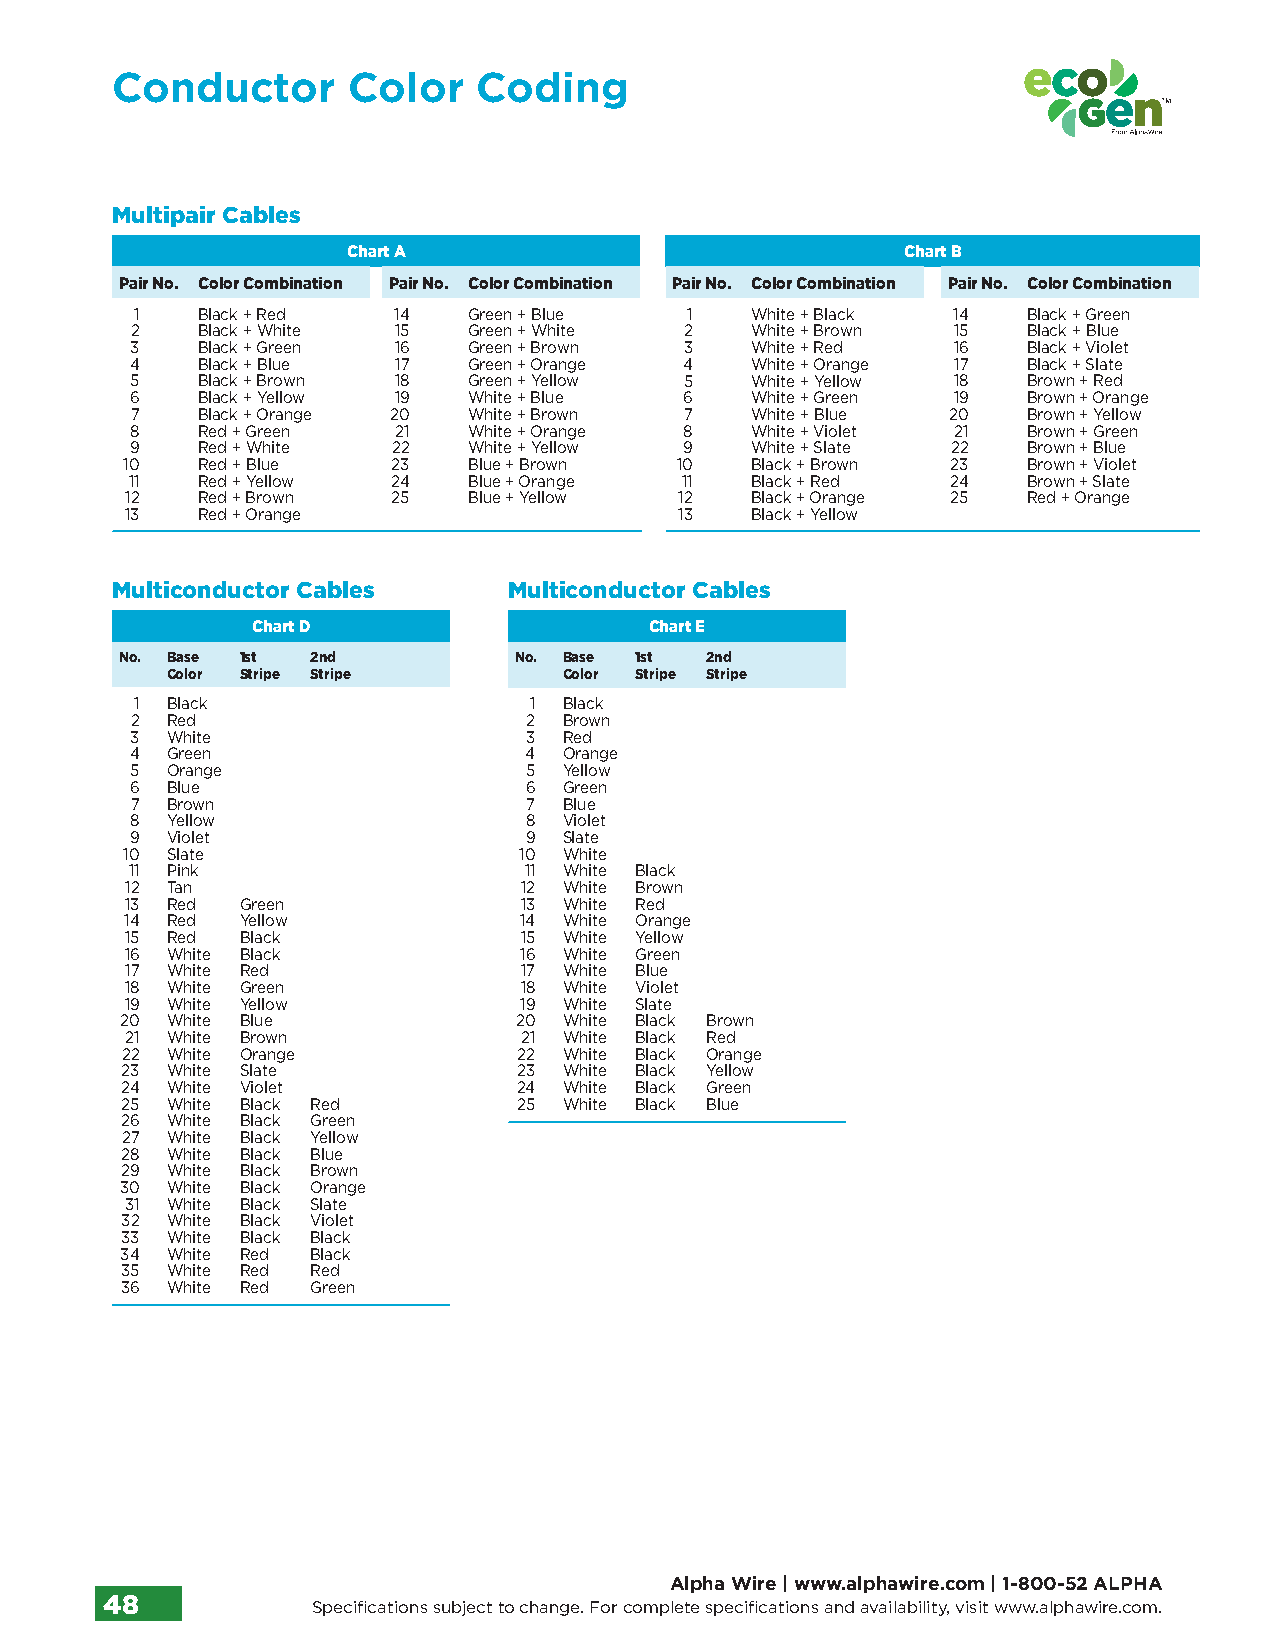
Conductor       Color    Coding
 Multipair Cables
 Chart A                              Chart B
 Pair No. Color Combination Pair No. Color Combination Pair No. Color Combination Pair No. Color Combination
 1   Black + Red  14   Green + Blue   1   White + Black 14  Black + Green
 2   Black + White 15  Green + White 2    White + Brown 15  Black + Blue
 3   Black + Green 16  Green + Brown 3    White + Red  16   Black + Violet
 4   Black + Blue 17   Green + Orange 4   White + Orange 17 Black + Slate
 5   Black + Brown 18  Green + Yellow 5   White + Yellow 18 Brown + Red
 6   Black + Yellow 19 White + Blue  6    White + Green 19  Brown + Orange
 7   Black + Orange 20 White + Brown 7    White + Blue 20   Brown + Yellow
 8   Red + Green  21   White + Orange 8   White + Violet 21 Brown + Green
 9   Red + White  22   White + Yellow 9   White + Slate 22  Brown + Blue
 10   Red + Blue   23   Blue + Brown  10   Black + Brown 23  Brown + Violet
 11  Red + Yellow 24   Blue + Orange 11   Black + Red  24   Brown + Slate
 12   Red + Brown  25   Blue + Yellow 12   Black + Orange 25 Red + Orange
 13   Red + Orange                    13   Black + Yellow
 Multiconductor Cables      Multiconductor Cables
 Chart D                   Chart E
 No. Base 1st 2nd          No. Base 1st 2nd
 Color Stripe Stripe       Color Stripe Stripe
 1 Black                   1 Black
 2 Red                     2 Brown
 3 White                   3 Red
 4 Green                   4 Orange
 5 Orange                  5 Yellow
 6 Blue                    6 Green
 7 Brown                   7 Blue
 8 Yellow                  8 Violet
 9 Violet                  9 Slate
 10 Slate                  10 White
 11 Pink                   11 White Black
 12 Tan                    12 White Brown
 13 Red  Green             13 White Red
 14 Red  Yellow            14 White Orange
 15 Red  Black             15 White Yellow
 16 White Black            16 White Green
 17 White Red               17 White Blue
 18 White Green            18 White Violet
 19 White Yellow           19 White Slate
 20 White Blue             20 White Black Brown
 21 White Brown            21 White Black Red
 22 White Orange           22 White Black Orange
 23 White Slate            23 White Black Yellow
 24 White Violet           24 White Black Green
 25 White Black Red        25 White Black Blue
 26 White Black Green
 27 White Black Yellow
 28 White Black Blue
 29 White Black Brown
 30 White Black Orange
 31 White Black Slate
 32 White Black Violet
 33 White Black Black
 34 White Red Black
 35 White Red Red
 36 White Red Green
 Alpha Wire | www.alphawire.com | 1-800-52 ALPHA
 48            Specifications subject to change. For complete specifications and availability, visit www.alphawire.com.